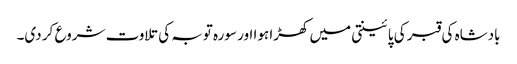
بادشاہ کی قبر کی پائینتی میں کھڑا ہوا اور سورہ توبہ کی تلاوت شروع کر دی۔